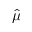
\hat { \mu }